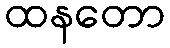
ထနတော